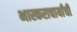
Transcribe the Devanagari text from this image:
भास्कराचार्यांची